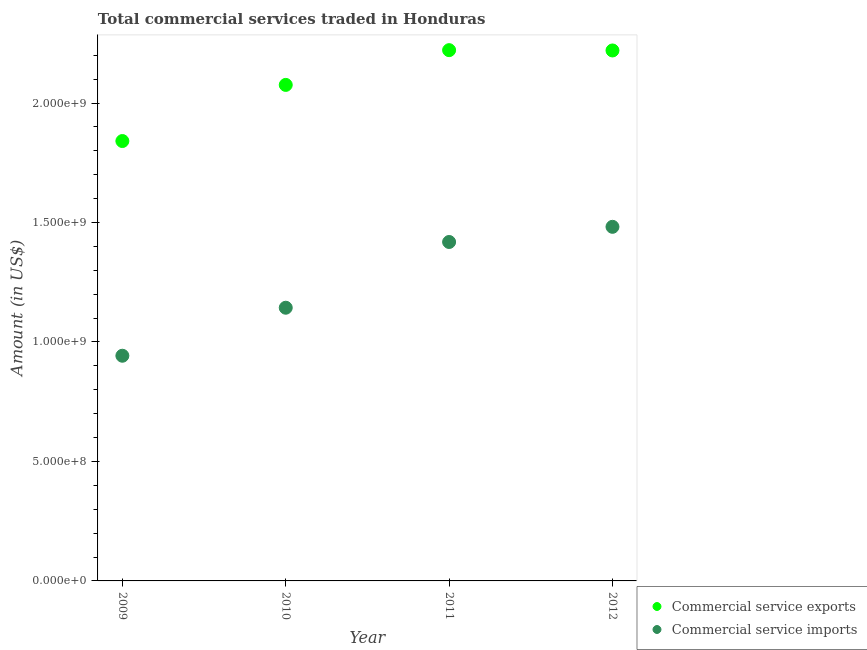
| Year | Commercial service exports | Commercial service imports |
 | --- | --- | --- |
 | 2009 | 1.84e+09 | 9.42e+08 |
 | 2010 | 2.08e+09 | 1.14e+09 |
 | 2011 | 2.22e+09 | 1.42e+09 |
 | 2012 | 2.22e+09 | 1.48e+09 |